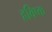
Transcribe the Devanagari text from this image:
हविष्क